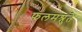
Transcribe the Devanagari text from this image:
फलमश्नुते